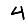
Digit: 4